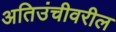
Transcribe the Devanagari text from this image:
अतिउंचीवरील